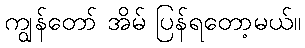
ကျွန်တော် အိမ် ပြန်ရတော့မယ်။